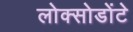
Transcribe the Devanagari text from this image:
लोक्सोडोंटे